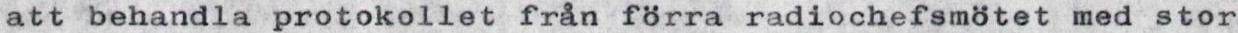
att behandla protokollet från förra radiochefsmötet med stor